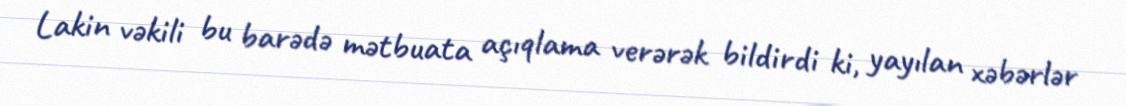
Lakin vəkili bu barədə mətbuata açıqlama verərək bildirdi ki, yayılan xəbərlər